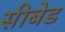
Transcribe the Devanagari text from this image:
सीबेड